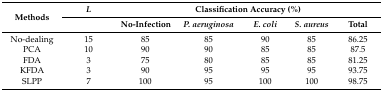
<table><thead><tr><td rowspan="2"><b>Methods</b></td><td><b><i>L</i></b></td><td colspan="5"><b>Classification Accuracy (%)</b></td></tr><tr><td></td><td><b>No-Infection</b></td><td><b><i>P. aeruginosa</i></b></td><td><b><i>E. coli</i></b></td><td><b><i>S. aureus</i></b></td><td><b>Total</b></td></tr></thead><tbody><tr><td>No-dealing</td><td>15</td><td>85</td><td>85</td><td>90</td><td>85</td><td>86.25</td></tr><tr><td>PCA</td><td>10</td><td>90</td><td>90</td><td>85</td><td>85</td><td>87.5</td></tr><tr><td>FDA</td><td>3</td><td>75</td><td>80</td><td>85</td><td>85</td><td>81.25</td></tr><tr><td>KFDA</td><td>3</td><td>90</td><td>95</td><td>95</td><td>95</td><td>93.75</td></tr><tr><td>SLPP</td><td>7</td><td>100</td><td>95</td><td>100</td><td>100</td><td>98.75</td></tr></tbody></table>